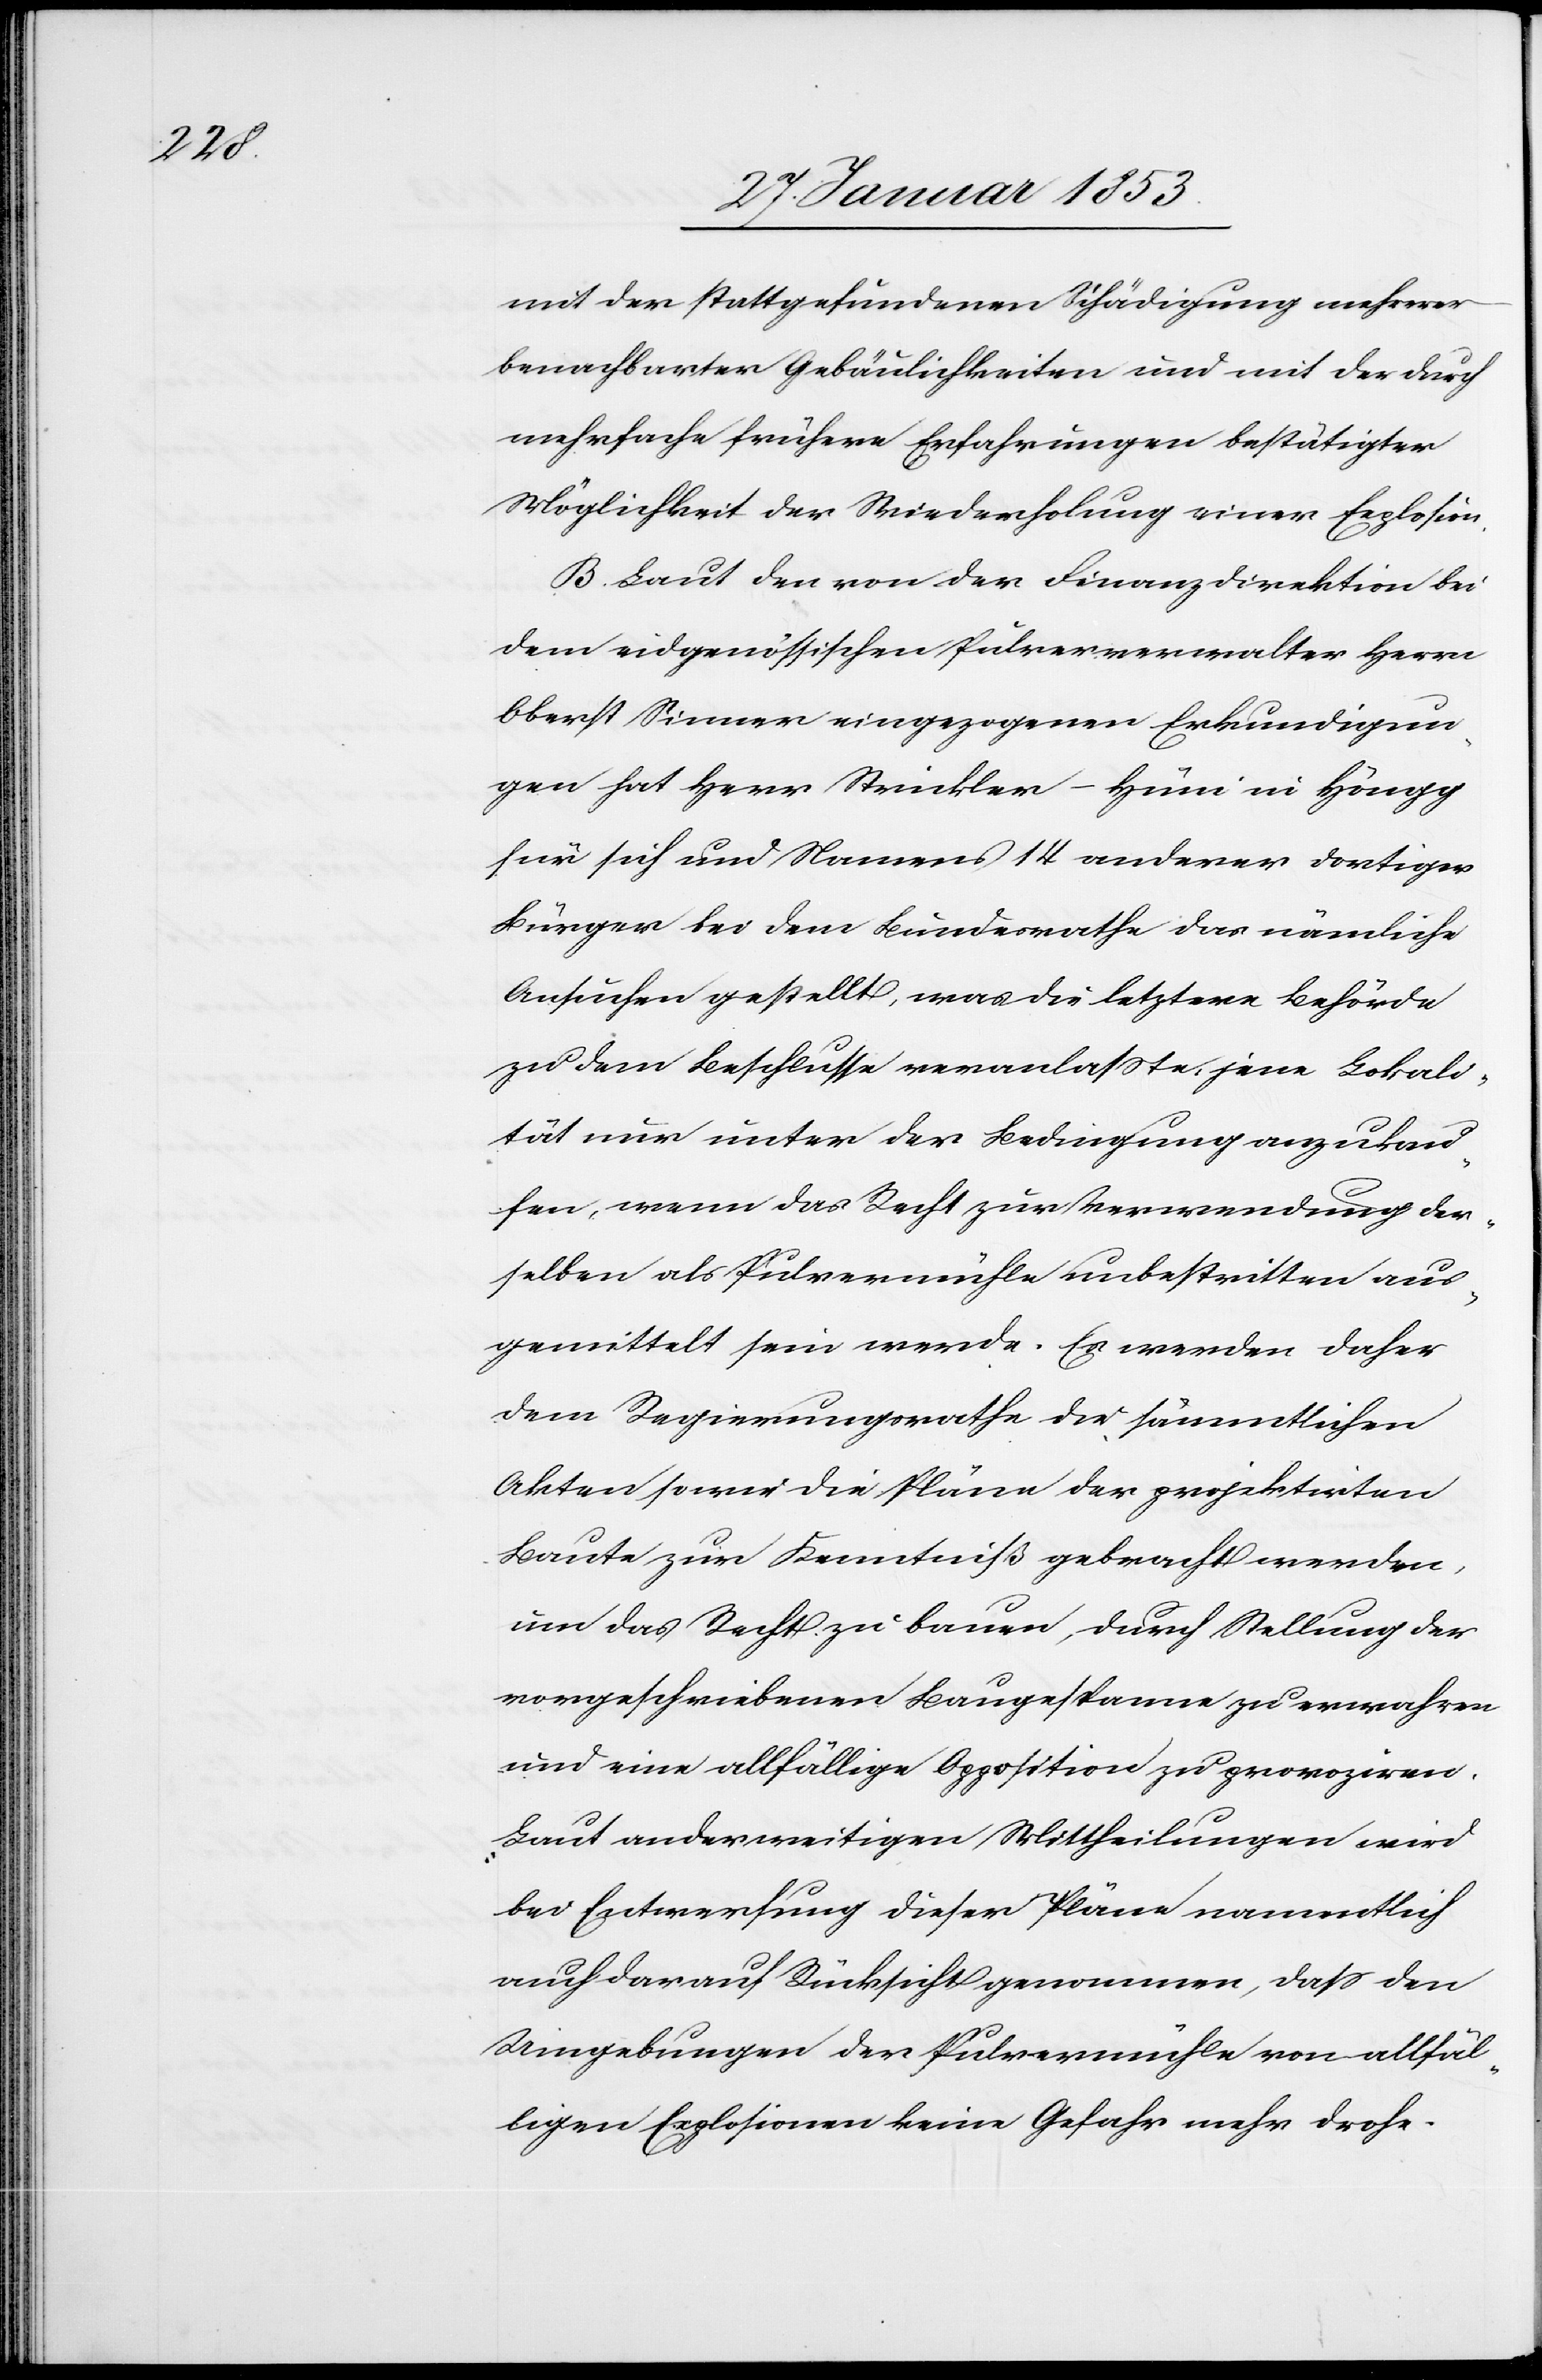
mit der stattgefundenen Schädigung mehrerer
benachbarter Gebäulichkeiten und mit der durch
mehrfache frühere Erfahrungen bestätigter
Möglichkeit der Wiederholung einer Explosion.
Laut der von der Finanzdirektion bei
dem eidgenößischen Pulververwalter Herr
Oberst Sinner eingezogenen Erkundigun¬
gen hat Herr Strickler-Hüni in Höngg
für sich und Namens 14 anderer dortiger
Bürger bei dem Bundesrathe das nämliche
Ansuchen gestellt, was die letztere Behörde
zu dem Beschlusse veranlaßte, jene Lokali¬
tät nur unter der Bedingung anzukau¬
fen, wenn das Recht zur Verwendung der¬
selben als Pulvermühle unbestritten aus¬
gemittelt sein werde. Es werden daher
dem Regierungsrathe die sämmtlichen
Akten sowie die Pläne der projektirten
Baute zur Kenntniß gebracht werden,
um das Recht zu bauen, durch Stellung der
vorgeschriebenen Baugespanne zu erwahren
und eine allfällige Opposition zu provoziren.
Laut anderweitigen Mittheilungen wird
bei Entfernung dieser Pläne namentlich
auch darauf Rücksicht genommen, daß den
Umgebungen der Pulvermühle von allfäl¬
ligen Explosionen keine Gefahr mehr drohe.